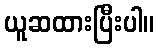
ယူဆထားပြီးပါ။